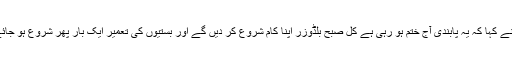
انہوں نے کہا کہ یہ پابندی آج ختم ہو رہی ہے کل صبح بلڈوزر اپنا کام شروع کر دیں گے اور بستیوں کی تعمیر ایک بار پھر شروع ہو جائے گی۔